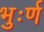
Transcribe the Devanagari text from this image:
भुःर्ण